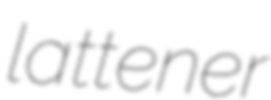
lattener